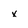
Character: x